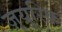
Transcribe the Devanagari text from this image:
ज़्युरिक